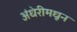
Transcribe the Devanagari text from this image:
अंधेरीमधून